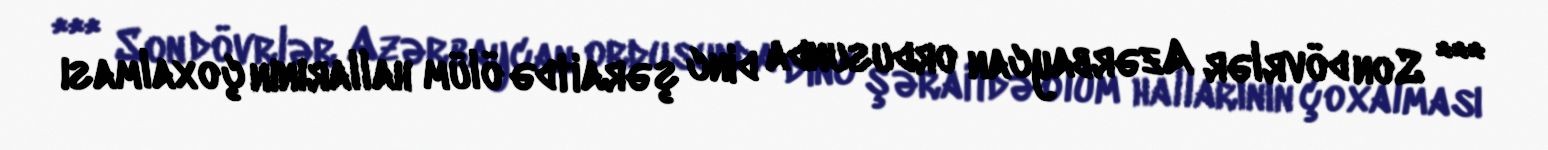
*** Son dövrlər Azərbaycan ordusunda dinc şəraitdə ölüm hallarının çoxalması